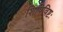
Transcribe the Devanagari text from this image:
शिपिविष्टः